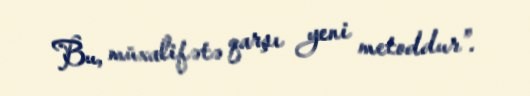
Bu, müxalifətə qarşı yeni metoddur”.